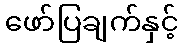
ဖော်ပြချက်နှင့်